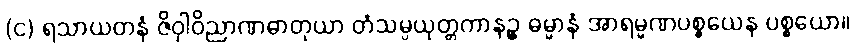
(င) ရသာယတနံ ဇိဝှါဝိညာဏဓာတုယာ တံသမ္ပယုတ္တကာနဉ္စ ဓမ္မာနံ အာရမ္မဏပစ္စယေန ပစ္စယော။